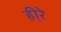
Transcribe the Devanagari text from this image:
ही्रे